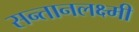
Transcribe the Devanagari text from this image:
सन्तानलक्ष्मी